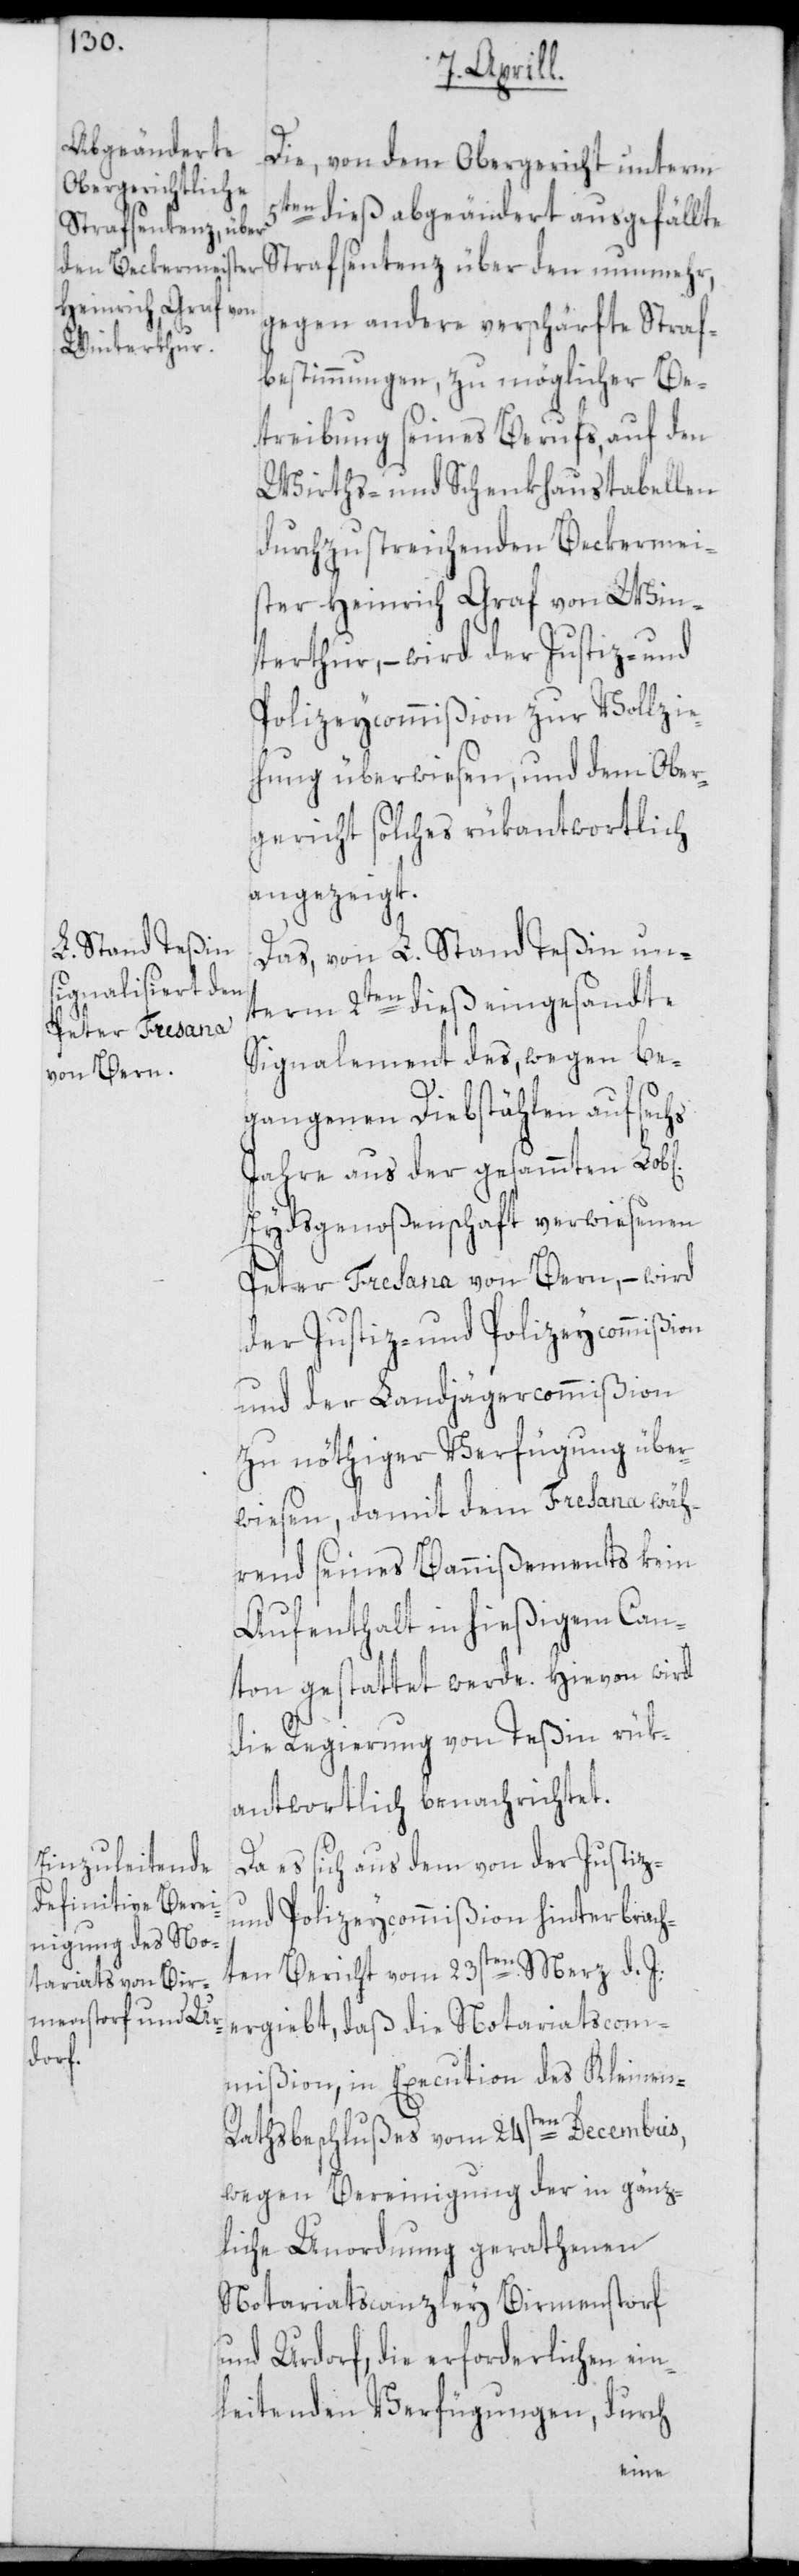
Die, von dem Obergericht unterm
5ten dieß abgeändert ausgefällte
Strafsentenz über den nunmehr,
gegen andere verschärfte Straf¬
bestimmungen, zu möglicher Be¬
treibung seines Berufs, auf den
Wirths- und Schenkhaustabellen
durchzustreichenden Beckermei¬
ster Heinrich Graf von Win¬
terthur, – wird der Justiz- und
Polizeycommißion zur Vollzie¬
hung überwiesen, und dem Ober¬
gericht solches rükantwortlich
angezeigt.
Das, von L. Stand Teßin un¬
term 2ten dieß eingesandte
Signalement des, wegen be¬
gangenen Diebstählen auf
Jahre aus der gesammten Lob[l¬
Eydsgenoßenschaft verwiesenen
Peter Fresana von Bern, – wird
der Justiz- und Polizeycommißion
und der Landjägercommißion
zu nöthiger Verfügung über¬
wiesen, damit dem Fresana wäh¬
rend seines Bannißements kein
Aufenthalt in hießigem Can¬
ton gestattet werde. Hievon wird
die Regierung von Teßin rük¬
antwortlich benachrichtet.
Da es sich aus dem von der Justiz-
und Polizeycommißion hinterbrach¬
ten Bericht vom 23sten Merz d. J.
ergiebt, daß die Notariatscom¬
mißion, in Execution des Kleinen-R¬
athsbeschlußes vom 24sten Decembris,
wegen Bereinigung der in gänz¬
liche Unordnung gerathenen
Notariatscanzley Birmenstorf
und Urdorf, die erforderlichen ein¬
leitenden Verfügungen, durch
ichen]